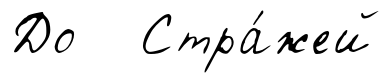
До Стра́жей